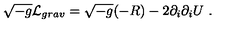
\sqrt { - g } { \cal L } _ { g r a v } = \sqrt { - g } ( - R ) - 2 \partial _ { i } \partial _ { i } U \ .